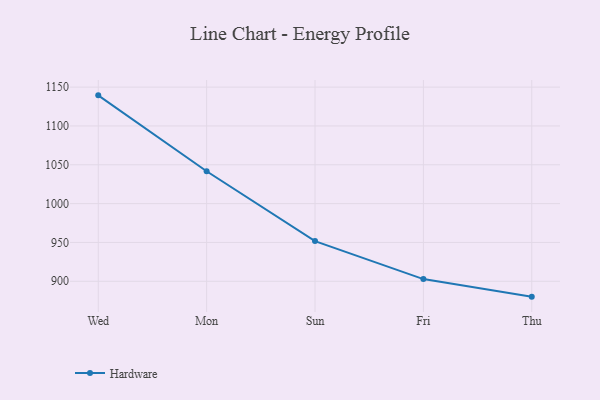
{"axis": {"x": "Day", "y": "Tickets Resolved"}, "legend": ["Hardware"], "data": [{"x": "Wed", "y": 1139.4, "type": "Hardware"}, {"x": "Mon", "y": 1041.7, "type": "Hardware"}, {"x": "Sun", "y": 951.7, "type": "Hardware"}, {"x": "Fri", "y": 902.8, "type": "Hardware"}, {"x": "Thu", "y": 880.2, "type": "Hardware"}]}